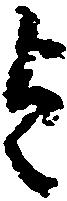
を